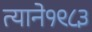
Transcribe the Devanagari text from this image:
त्याने१९८३